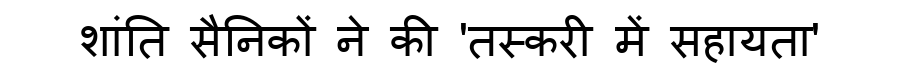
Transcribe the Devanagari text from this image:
शांति सैनिकों ने की 'तस्करी में सहायता'